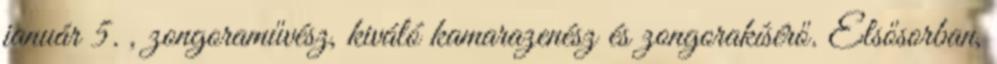
január 5. , zongoraművész, kiváló kamarazenész és zongorakísérő. Elsősorban,